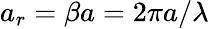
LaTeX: a_{r}=\beta a=2\pi a/\lambda